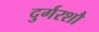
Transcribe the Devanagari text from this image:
दुर्गरशौ